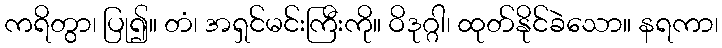
ကရိတွာ၊ ပြု၍။ တံ၊ အရှင်မင်းကြီးကို။ ဝိဒုဂ္ဂါ၊ ထုတ်နိုင်ခဲသော။ နရကာ၊